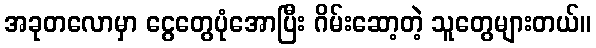
အခုတလောမှာ ငွေတွေပုံအောပြီး ဂိမ်းဆော့တဲ့ သူတွေများတယ်။